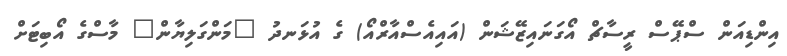
އިންޑިއަން ސްޕޭސް ރީސާޗް އޯގަނައިޒޭޝަން (އައިއެސްއާރްއޯ) ގެ އުޅަނދު "މަންގަލިޔާން" މާސްގެ އޯބިޓަށް